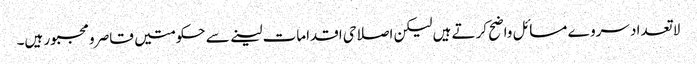
لا تعدا د سروے مسائل واضح کرتے ہیں لیکن اصلاحی اقدامات لینے سے حکومتیں قاصر و مجبور ہیں۔